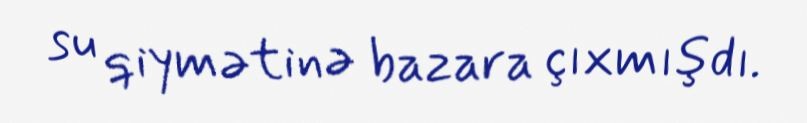
su qiymətinə bazara çıxmışdı.